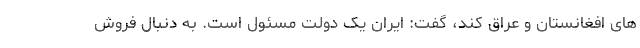
های افغانستان و عراق کند، گفت: ایران یک دولت مسئول است. به دنبال فروش